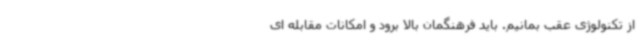
از تکنولوژی عقب بمانیم. باید فرهنگمان بالا برود و امکانات مقابله ای